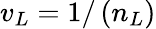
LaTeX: v_{L}=1/\left(n_{L}\right)